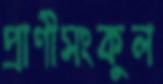
প্রাণীসংকুল